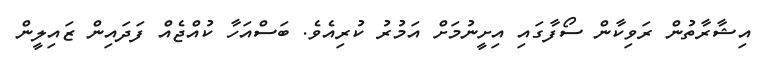
އިޝާރާތުން ރަވިކާން ސޯފާގައި އިށީނުމަށް އަމުރު ކުރިއެވެ. ބަސްއަހާ ކުއްޖެއް ފަދައިން ޒައިލީން